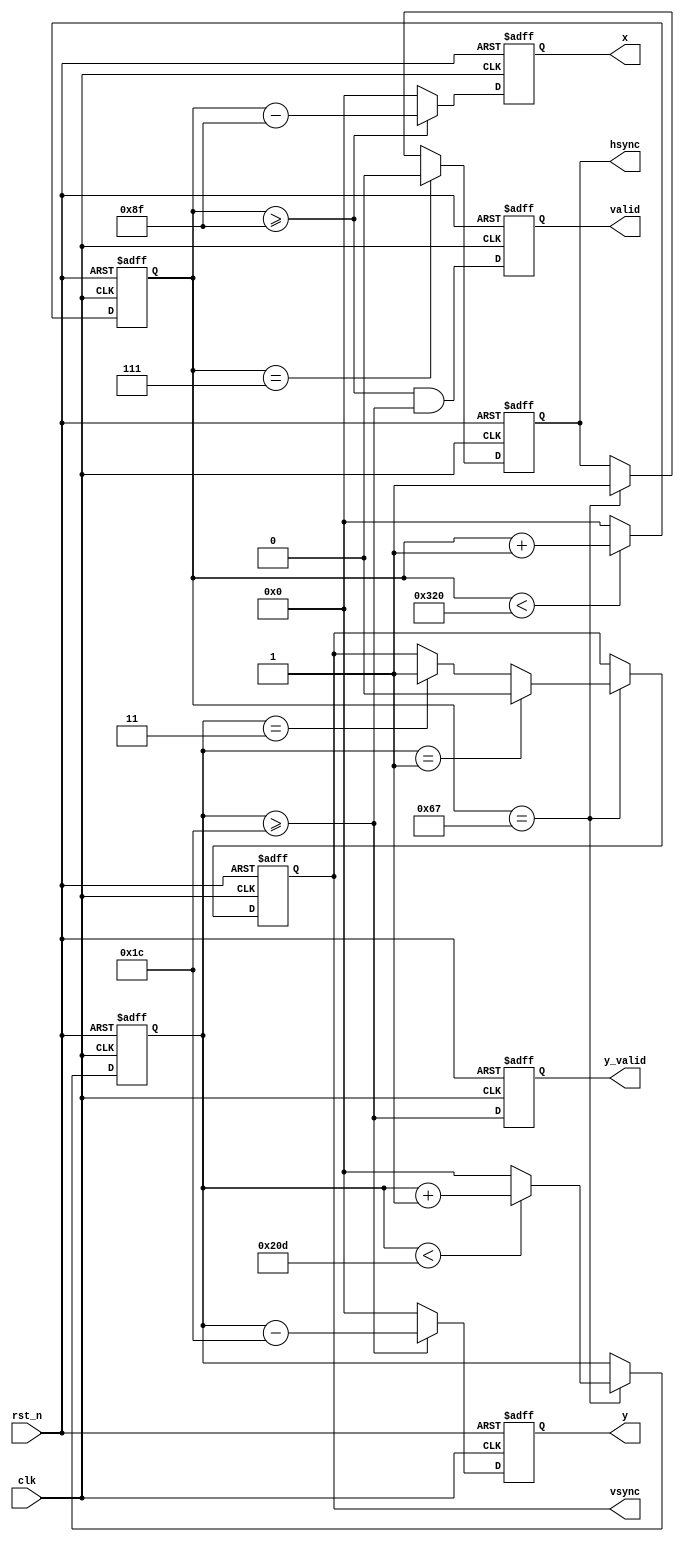
//--------------------------------------------------------------------------------------------------
// Design    : bitstream_p
// Author(s) : qiu bin, shi tian qi
// Copyright (C) 2013 qiu bin 
// All rights reserved                
//-------------------------------------------------------------------------------------------------


module vga
(
	rst_n,
	clk,
	hsync,
	vsync,
	x,
	y,
	valid,
	y_valid
);
//Horizontal timing constants
parameter H_FRONT		= 'd8;
parameter H_SYNC        = 'd96;
parameter H_BACK        = 'd40;
parameter H_ACT         = 'd656;
parameter H_BLANK_END   =  H_FRONT+H_SYNC+H_BACK-1;
parameter H_PERIOD      =  H_FRONT+H_SYNC+H_BACK+H_ACT;
//Vertical timing constants
parameter V_FRONT       = 'd2;
parameter V_SYNC        = 'd2;
parameter V_BACK        = 'd25;
parameter V_ACT         = 'd496;
parameter V_BLANK_END   =  V_FRONT+V_SYNC+V_BACK-1;
parameter V_PERIOD      =  V_FRONT+V_SYNC+V_BACK+V_ACT;

input        rst_n;
input        clk;
output       hsync;
output       vsync;
output       valid;
output       y_valid;
output [10:0] x;
output [10:0] y;

reg          hsync;
reg          vsync;
reg          valid;
reg          y_valid;
reg [10:0]   x;
reg [10:0]   y;
reg [10:0]   hcnt;
reg [10:0]   vcnt;


//hsync
always @ (posedge clk or negedge rst_n)
begin
	if(!rst_n)
	begin
		hcnt <= 0;
		hsync <= 1;
	end
	else
	begin
		if(hcnt<H_PERIOD)
			hcnt <= hcnt + 1;  
		else 
			hcnt <= 0;
		if (hcnt == H_FRONT-1)
			hsync <= 1'b0;
		else if (hcnt == H_FRONT+H_SYNC-1)
			hsync <= 1'b1;
	end
end
  
 
//vsync
always @ (posedge clk or negedge rst_n)
begin
	if(!rst_n)
	begin
		vcnt <=  0;
		vsync <= 1;
	end
	else
	begin 
		if (hcnt == H_FRONT+H_SYNC-1)
		begin
			if(vcnt<V_PERIOD)
				vcnt <= vcnt + 1;  
			else 
				vcnt <= 0;
			if (vcnt == V_FRONT-1)
				vsync <= 1'b0;
			else if (vcnt == V_FRONT+V_SYNC-1)
				vsync <= 1'b1;
		end
	end
end
    
//valid 
always @ (posedge clk or negedge rst_n)
begin
	if (!rst_n)
	begin
		valid <= 0;
		y_valid <= 0;
	end
	else
	begin
		valid <= hcnt >= H_BLANK_END && vcnt >= V_BLANK_END;
		y_valid <= vcnt >= V_BLANK_END;
	end
end

//x & y
always @ (posedge clk or negedge rst_n)
begin
	if (!rst_n)
	begin
		x <= 0;
		y <= 0;
	end
	else
	begin
		x <= hcnt >= H_BLANK_END ? hcnt-H_BLANK_END : 0;
		y <= vcnt >= V_BLANK_END ? vcnt-V_BLANK_END : 0;
	end
end

endmodule